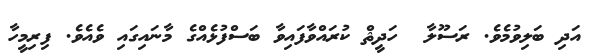
އަދި ބަލިވުމެވެ. ރަސޫލާ  ހަދީޘް ކުރައްވާފައިވާ ބަސްފުޅެއްގެ މާނައިގައި ވެއެވެ. ފިރިމީހާ